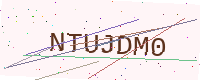
Text: NTUJDM0